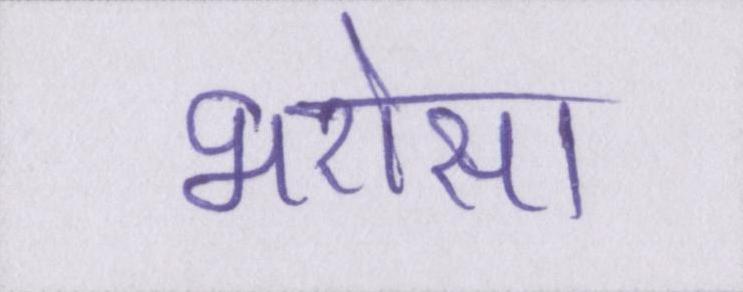
भरोसा